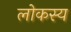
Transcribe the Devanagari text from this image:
लोकस्य